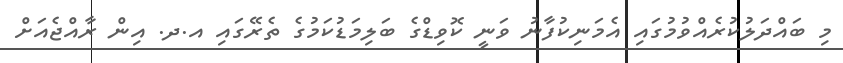
މި ބައްދަލުކުރެއްވުމުގައި އެމަނިކުފާނު ވަނީ ކޮވިޑްގެ ބަލިމަޑުކަމުގެ ތެރޭގައި އ.ދ. އިން ރާއްޖެއަށް